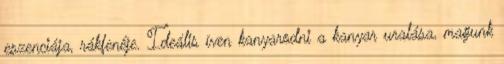
eszenciája, rákfenéje. Ideális íven kanyarodni a kanyar uralása, magunk